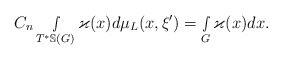
\begin{align*} C_n \smallint\limits_{T^*\mathbb{S}(G)}\varkappa(x)d\mu_L(x,\xi')=\smallint\limits_{G}\varkappa(x)dx.\end{align*}